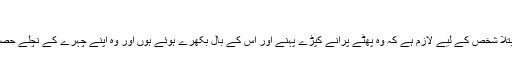
احبار 13:45، 46 کہتا ہے
’’اِس قسم کے متعدی مرض مثلاً کوڑھ میں مبتلا شخص کے لیے لازم ہے کہ وہ پھٹے پرانے کپڑے پہنے اور اُس کے بال بکھرے ہُوئے ہوں اور وہ اپنے چہرے کے نِچلے حِصّہ کوڈھانکے اور چِلاّ چِلاّ کر کہے کہ ناپاک!